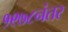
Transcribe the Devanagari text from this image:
१९७८नंतर